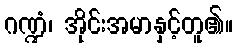
ဂဏ္ဍံ၊ အိုင်းအမာနှင့်တူ၏။